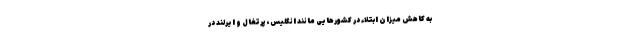
به کاهش میزان ابتلاء در کشورهایی مانند انگلیس، پرتغال و ایرلند در